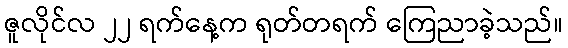
ဇူလိုင်လ ၂၂ ရက်နေ့က ရုတ်တရက် ကြေညာခဲ့သည်။